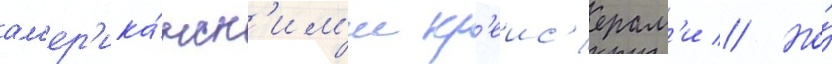
ам'ер'ика́нск'им'и кр'еис'ерам'и // Но́